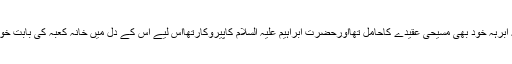
چونکہ ابرہہ خود بھی مسیحی عقیدے کاحامل تھااورحضرت ابراہیم علیہ السلام کاپیروکارتھااس لیے اس کے دل میں خانہ کعبہ کی بابت خوف تھا۔